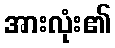
အားလုံး၏